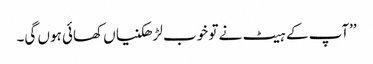
’’آپ کے ہیٹ نے تو خوب لڑھکنیاں کھائی ہوں گی۔